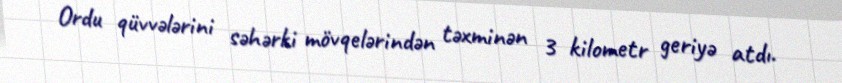
Ordu qüvvələrini səhərki mövqelərindən təxminən 3 kilometr geriyə atdı.